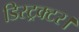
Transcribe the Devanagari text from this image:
डिस्ट्रक्टर।